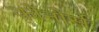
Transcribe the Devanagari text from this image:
कोनोर्स